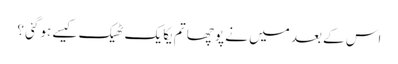
اس کے بعد میں نے پوچھا تم یکایک ٹھیک کیسے ہوگئی ؟